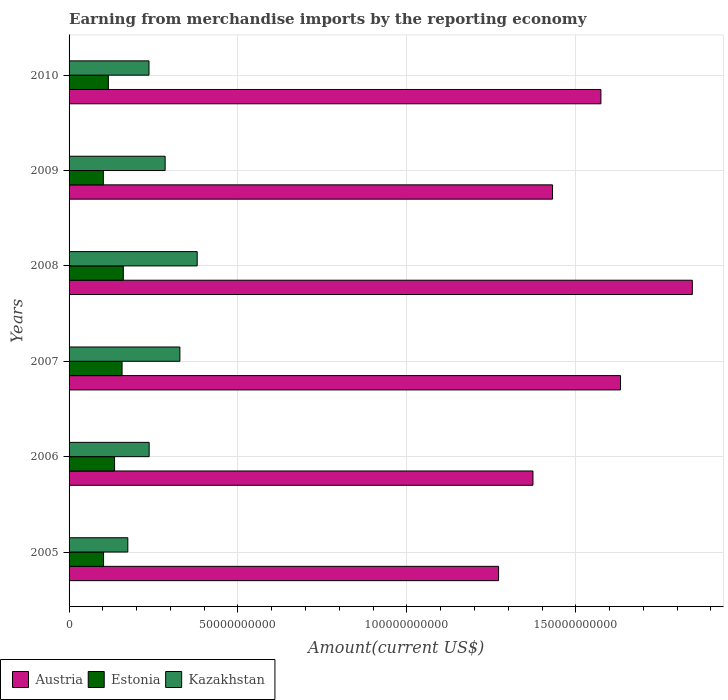
| Years | Austria | Estonia | Kazakhstan |
 | --- | --- | --- | --- |
 | 2005 | 1.27e+11 | 1.02e+10 | 1.74e+10 |
 | 2006 | 1.37e+11 | 1.35e+10 | 2.37e+10 |
 | 2007 | 1.63e+11 | 1.57e+10 | 3.28e+10 |
 | 2008 | 1.85e+11 | 1.61e+10 | 3.79e+10 |
 | 2009 | 1.43e+11 | 1.01e+10 | 2.84e+10 |
 | 2010 | 1.57e+11 | 1.16e+10 | 2.37e+10 |